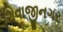
શિવાજીનગર